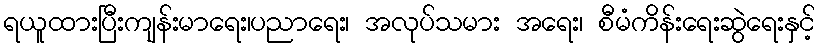
ရယူထားပြီးကျန်းမာရေး၊ပညာရေး၊ အလုပ်သမား အရေး၊ စီမံကိန်းရေးဆွဲရေးနှင့်